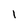
Character: 1